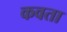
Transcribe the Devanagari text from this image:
कवता